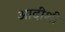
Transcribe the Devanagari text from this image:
आदींशी